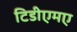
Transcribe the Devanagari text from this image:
टिडीएमए